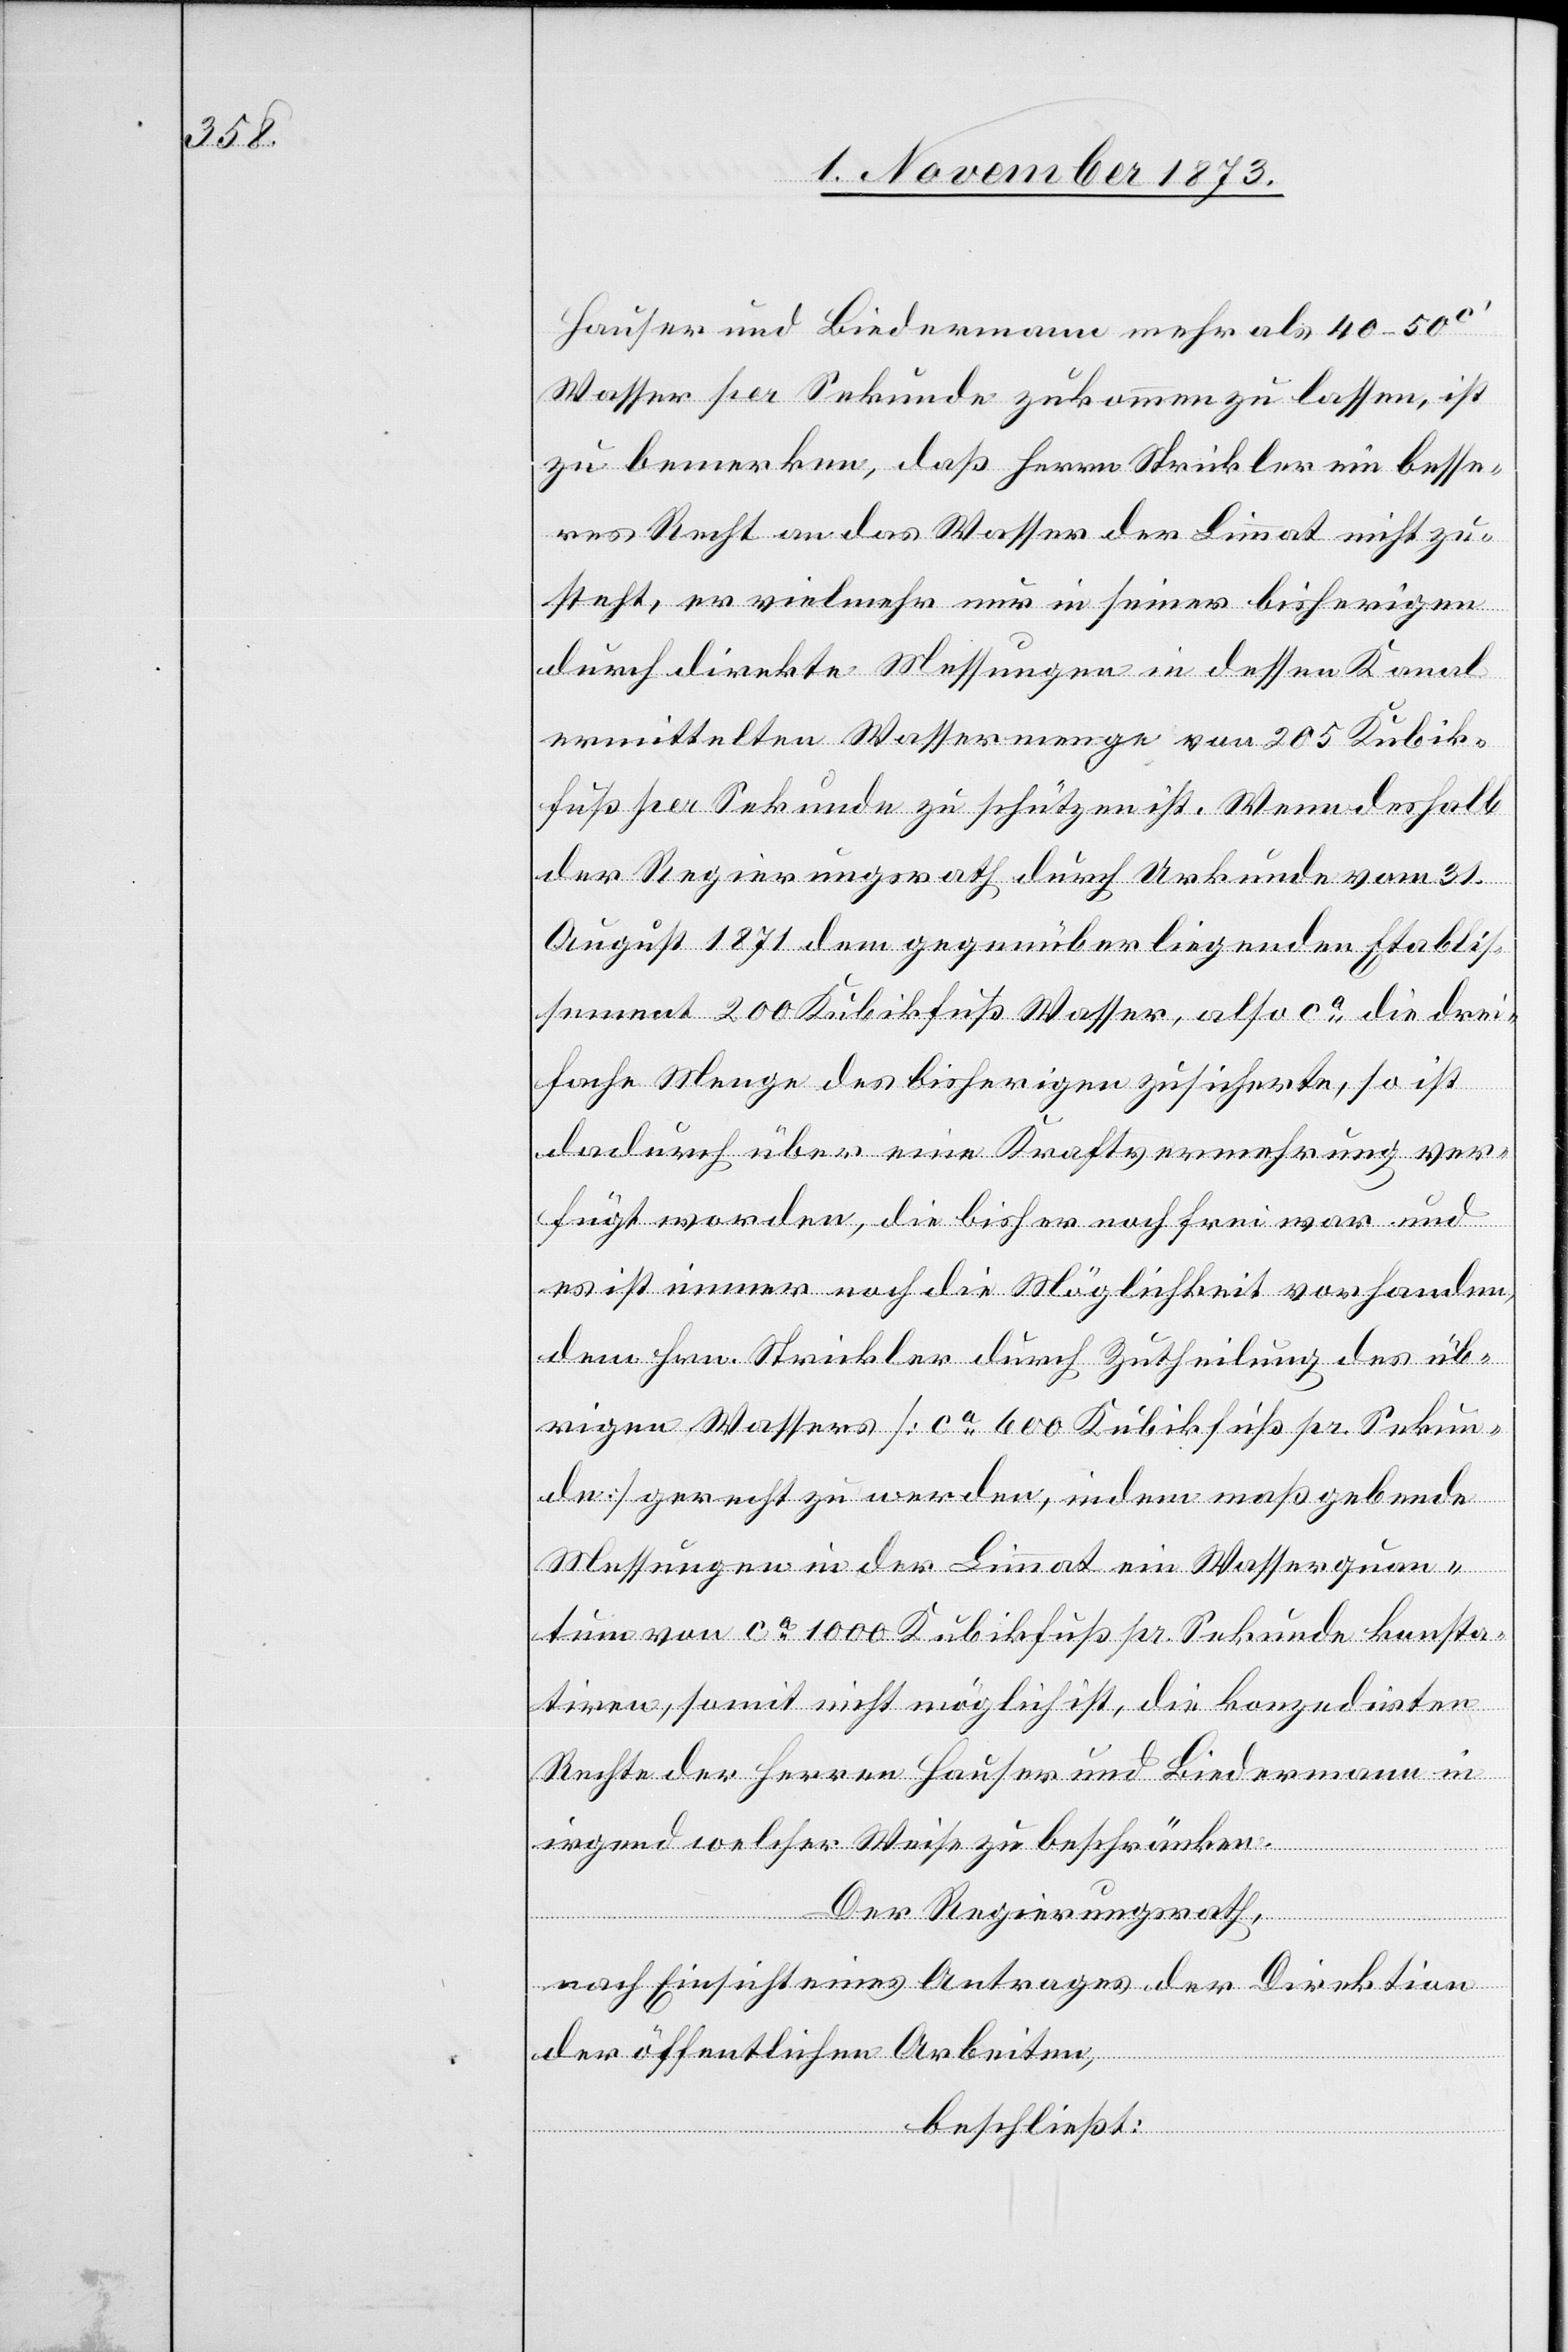
Hauser und Biedermann mehr als 40–50c‘
Wasser per Sekunde zukommen zu lassen, ist
zu bemerken, daß Herrn Strickler ein besse¬
res Recht an das Wasser der Limmat nicht zu¬
steht, er vielmehr nur in seiner bisherigen
durch direkte Messungen in dessen Kanal
ermittelten Wassermenge von 205 Kubik¬
fuß per Sekunde zu schützen ist. Wenn deshalb
der Regierungsrath durch Urkunde vom 31.
August 1871 dem gegenüber liegenden Etablis¬
sement 200 Kubikfuß Wasser, also ca die drei¬
fache Menge des bisherigen zusicherte, so ist
dadurch über eine Kraftvermehrung ver¬
fügt worden, die bisher noch frei war und
es ist immer noch die Möglichkeit vorhanden,
dem Hrn. Strickler durch Zutheilung des üb¬
rigen Wassers [ca 600 Kubikfuß pr. Sekun¬
de] gerecht zu werden, indem maßgebende
Messungen in der Limmat ein Wasserquan¬
tum von ca 1 000 Kubikfuß pr. Sekunde konsta¬
tiren, somit nicht möglich ist, die konzedirten
Rechte der Herren Hauser und Biedermann in
irgend welcher Weise zu beschränken.
Der Regierungsrath,
nach Einsicht eines Antrages der Direktion
der öffentlichen Arbeiten,
beschließt: